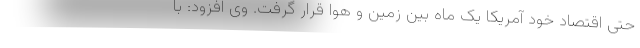
حتی اقتصاد خود آمریکا یک ماه بین زمین و هوا قرار گرفت. وی افزود: با